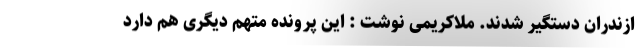
ازندران دستگیر شدند. ملاکریمی نوشت : این پرونده متهم دیگری هم دارد